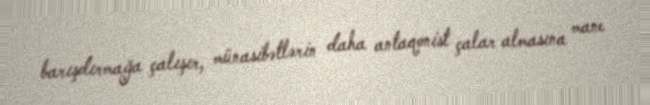
barışdırmağa çalışır, münasibətlərin daha antaqonist çalar almasına mane